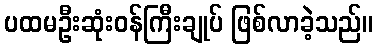
ပထမဦးဆုံးဝန်ကြီးချုပ် ဖြစ်လာခဲ့သည်။